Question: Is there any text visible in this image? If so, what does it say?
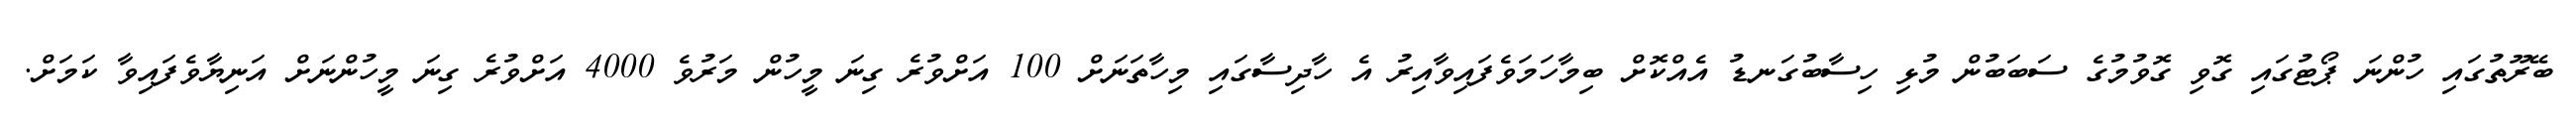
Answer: ބޭރޫތުގައި ހުންނަ ޕޯޓުގައި ގޮވި ގޮވުމުގެ ސަބަބުން މުޅި ހިސާބުގަނޑު އެއްކޮށް ބިމާހަމަވެފައިވާއިރު އެ ހާދިސާގައި މިހާތަނަށް 100 އަށްވުރެ ގިނަ މީހުން މަރުވެ 4000 އަށްވުރެ ގިނަ މީހުންނަށް އަނިޔާވެފައިވާ ކަމަށް.